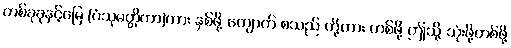
တစ်ခုခုနှင့်မြေ (ပံသုမတ္တိကာ)ကား နှစ်ဖို့ ကျောက် စသည် တို့ကား တစ်ဖို့ ဤသို့ သုံးဖို့တစ်ဖို့